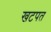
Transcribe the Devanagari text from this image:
खटपत